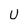
Character: U